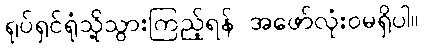
ရုပ်ရှင်ရုံသို့သွားကြည့်ရန် အဖော်လုံးဝမရှိပါ။